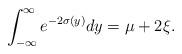
LaTeX: \begin{align*}\int^\infty_{-\infty} e^{-2\sigma(y)}dy = \mu + 2\xi.\end{align*}